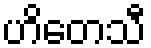
ဟိတေသီ